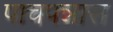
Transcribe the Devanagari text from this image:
पाचपन्नास